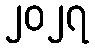
၂၀၂၇